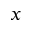
x